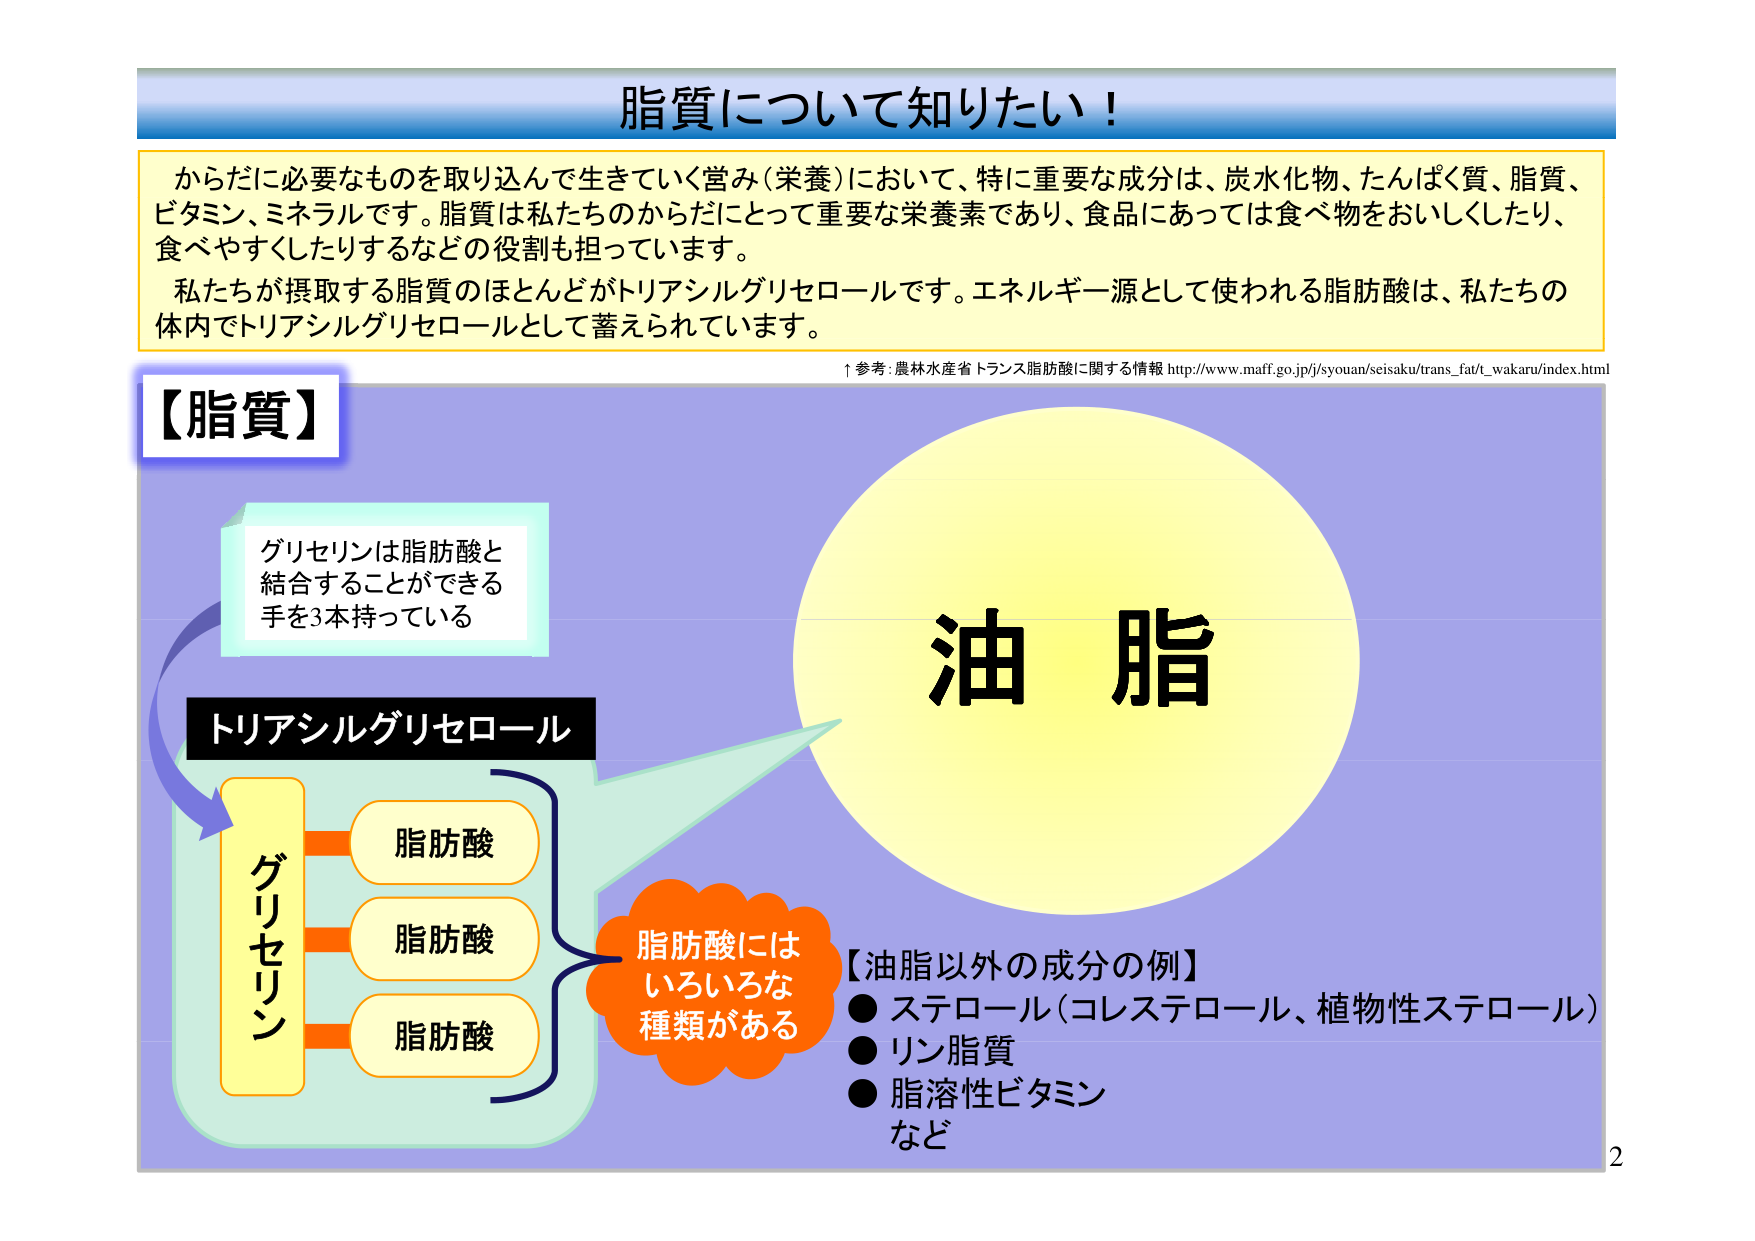
脂質について知りたい！

からだに必要なものを取り込んで生きていく営み（栄養）において、特に重要な成分は、炭水化物、たんぱく質、脂質、ビタミン、ミネラルです。脂質は私たちのからだにとって重要な栄養素であり、食品にあっては食べ物をおいしくしたり、食べやすくしたりするなどの役割も担っています。
私たちが摂取する脂質のほとんどがトリアシルグリセロールです。エネルギー源として使われる脂肪酸は、私たちの体内でトリアシルグリセロールとして蓄えられています。

↑参考：農林水産省 トランス脂肪酸に関する情報 http://www.maff.go.jp/j/syoun/seisaku/trans_fat/wakaru/index.html

【脂質】

グリセリンは脂肪酸と
結合することができる
手を3本持っている

トリアシルグリセロール

グリセリン
脂肪酸
脂肪酸
脂肪酸

油脂

脂肪酸には
いろいろな
種類がある

【油脂以外の成分の例】
● ステロール（コレステロール、植物性ステロール）
● リン脂質
● 脂溶性ビタミン
など

2